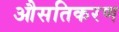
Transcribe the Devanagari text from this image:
औसतिकरण